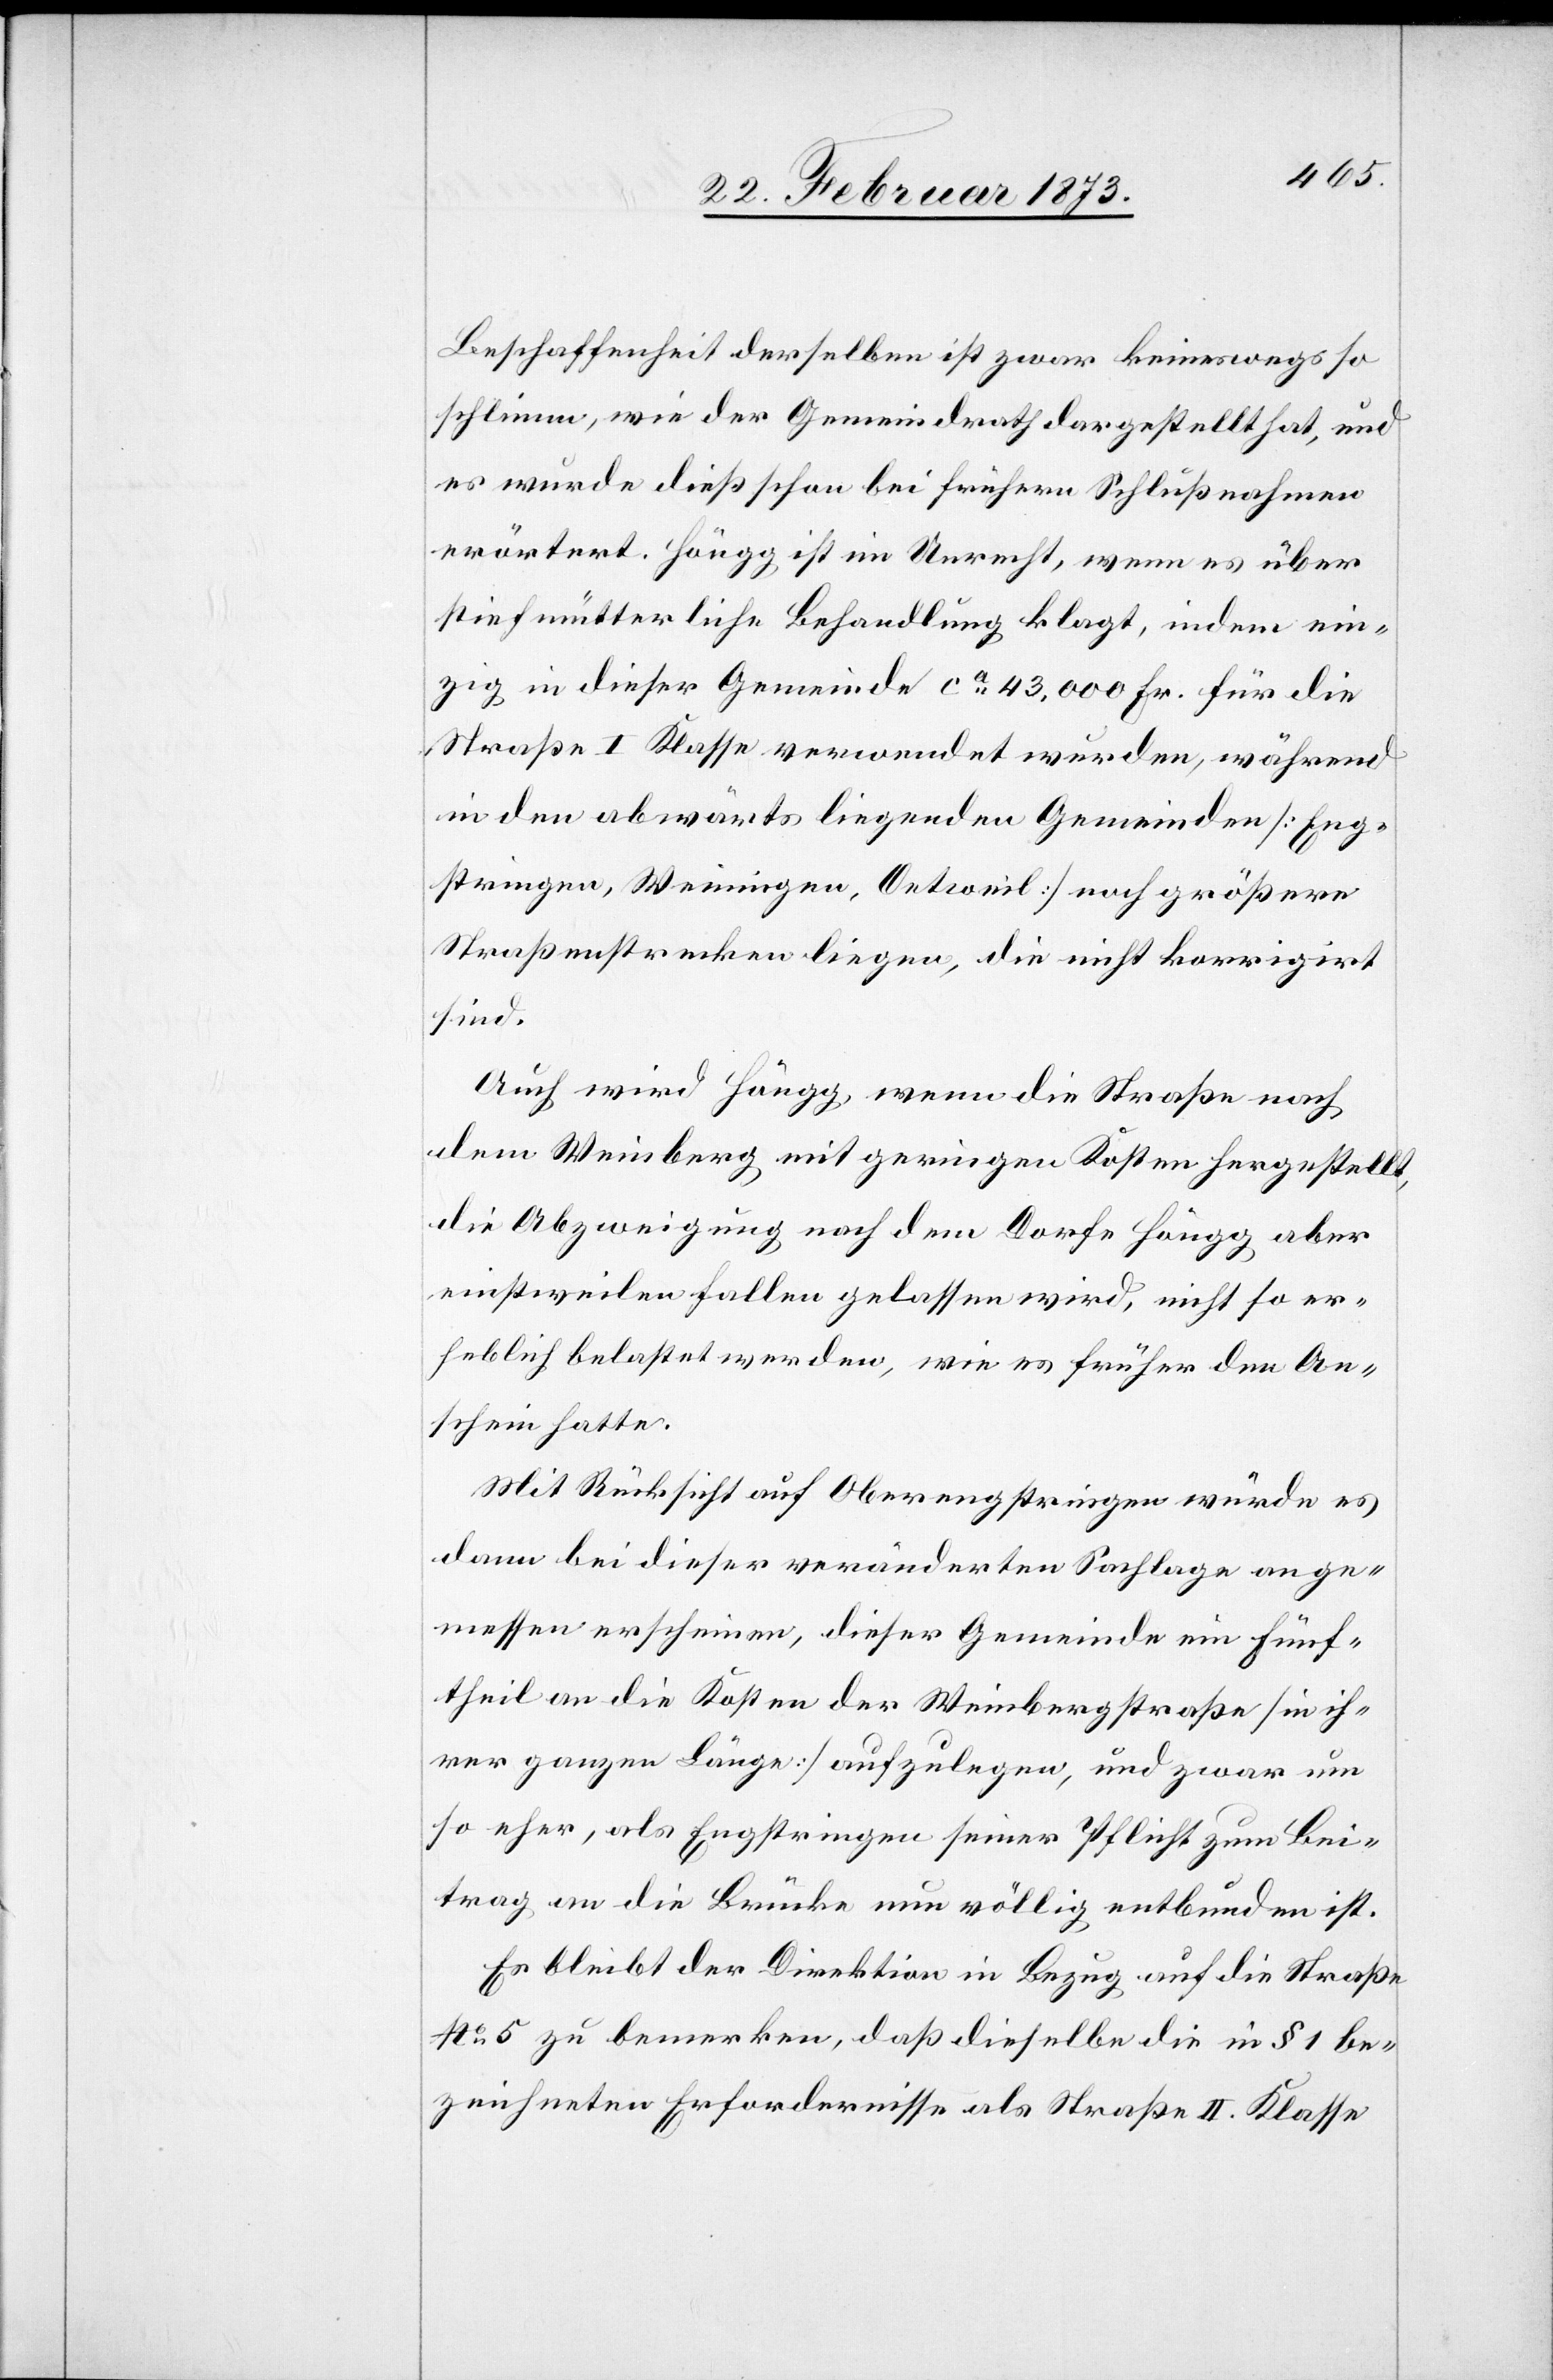
Beschaffenheit derselben ist zwar keineswegs so
schlimm, wie der Gemeindrath dargestellt hat, und
es wurde dieß schon bei frühern Schlußnahmen
erörtert. Höngg ist im Unrecht, wenn es über
stiefmütterliche Behandlung klagt, indem ein¬
zig in dieser Gemeinde ca 43,000 Fr. für die
Straße I Klasse verwendet wurden, während
in den abwärts liegenden Gemeinden [Eng¬
stringen, Weiningen, Oetweil] noch größere
Straßenstrecken liegen, die nicht korrigirt
sind.
Auch wird Höngg, wenn die Straße nach
dem Weinberg mit geringen Kosten hergestellt,
die Abzweigung nach dem Dorfe Höngg aber
einstweilen fallen gelassen wird, nicht so er¬
heblich belastet werden, wie es früher den An¬
schein hatte.
Mit Rücksicht auf Oberengstringen würde es
dann bei dieser veränderten Sachlage ange¬
messen erscheinen, dieser Gemeinde ein Fünf¬
theil an die Kosten der Weinbergstraße [in ih¬
rer ganzen Länge] aufzulegen, und zwar um
so eher, als Engstringen seiner Pflicht zum Bei¬
trag an die Brücke nun völlig entbunden ist.
Es bleibt der Direktion in Bezug auf die Straße
No. 5 zu bemerken, daß dieselbe die in § 1 be¬
zeichneten Erfordernisse als Straße II. Klasse